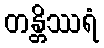
တန္တိဿရံ